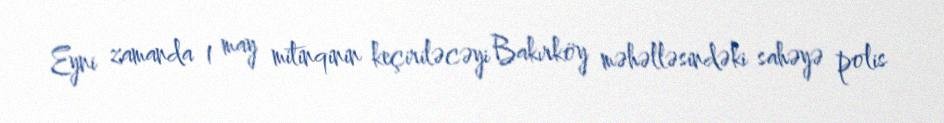
Eyni zamanda 1 may mitinqinin keçiriləcəyi Bakırköy məhəlləsindəki sahəyə polis